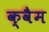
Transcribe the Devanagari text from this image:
क्वैम